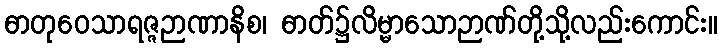
ဓာတုဝေသာရဇ္ဇဉာဏာနိစ၊ ဓာတ်၌လိမ္မာသောဉာဏ်တို့သို့လည်းကောင်း။